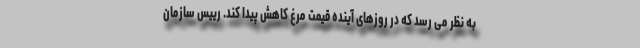
به نظر می رسد که در روزهای آینده قیمت مرغ کاهش پیدا کند. رییس سازمان